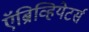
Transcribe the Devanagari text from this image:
ऍब्रिव्हियेटर्स